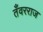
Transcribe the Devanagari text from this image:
तँवरराज